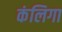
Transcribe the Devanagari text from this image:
कंलिगा